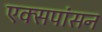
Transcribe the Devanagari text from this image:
एक्सपांसन